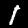
Label: 1